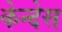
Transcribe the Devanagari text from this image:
केन्देस